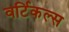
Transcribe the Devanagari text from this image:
वर्टिकल्स